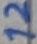
Text: 12